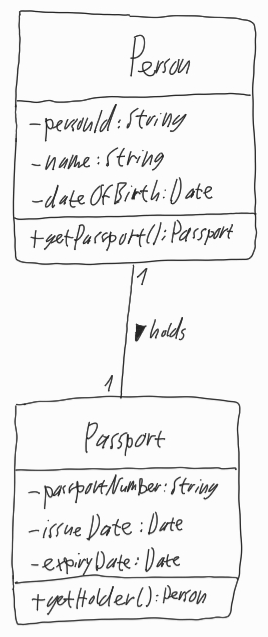
Diagram type: class_diagram
```plantuml
@startuml

class Person {
  - personId: String
  - name: String
  - dateOfBirth: Date
  + getPassport(): Passport
}

class Passport {
  - passportNumber: String
  - issueDate: Date
  - expiryDate: Date
  + getHolder(): Person
}

Person "1" -- "1" Passport : holds >

@enduml
```